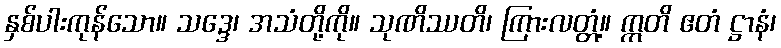
နှစ်ပါးကုန်သော။ သဒ္ဒေ၊ အသံတို့ကို။ သုဏိဿတိ၊ ကြားလတ္တံ့။ ဣတိ ဧတံ ဋ္ဌာနံ၊